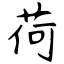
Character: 荷